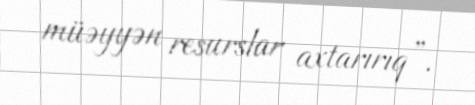
müəyyən resurslar axtarırıq”.